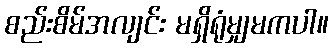
စည်းစိမ်အလျင်း မရှိရုံမျှမကပါ။